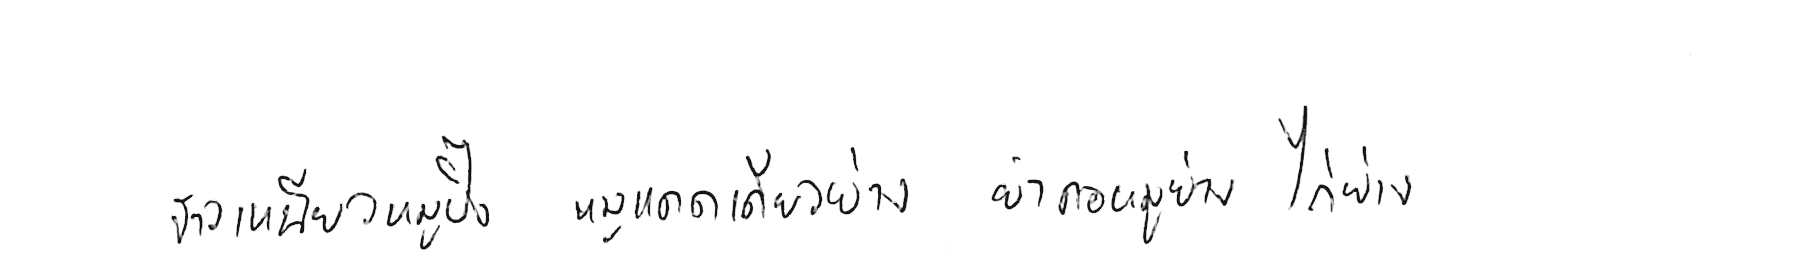
ข้าวเหนียวหมูปิ้ง หมูแดดเดียวย่าง ยำคอหมูย่าง ไก่ย่าง